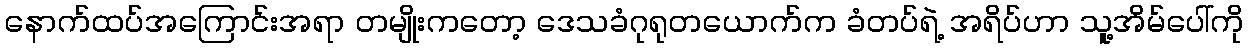
နောက်ထပ်အကြောင်းအရာ တမျိုးကတော့ ဒေသခံဂုရုတယောက်က ခံတပ်ရဲ့ အရိပ်ဟာ သူ့အိမ်ပေါ်ကို